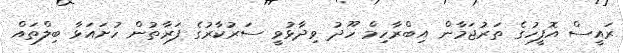
ރައީސް އޮފީހުގެ ތަރުޖަމާން އިބްރާހިމް ހޫދު ވިދާޅުވީ ސަރުކާރުގެ ފަރާތުން ހުށައަޅާ ބިލްތައް